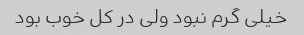
خیلی گرم نبود ولی در کل خوب بود